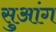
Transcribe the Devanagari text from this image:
सुआंग